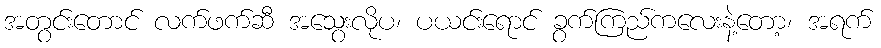
အတွင်းတောင် လက်ဖက်ဆီ အသွေးလိုပ၊ ပယင်းရောင် ခွက်ကြည်ကလေးနဲ့တော့၊ အရက်